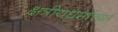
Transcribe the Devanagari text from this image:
क्षत्रीयधर्माच्या